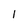
Character: 1